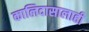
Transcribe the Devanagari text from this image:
कालिदासालाही